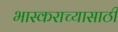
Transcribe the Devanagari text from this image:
भास्कराच्यासाठी